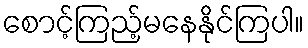
စောင့်ကြည့်မနေနိုင်ကြပါ။